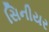
સિનીયર